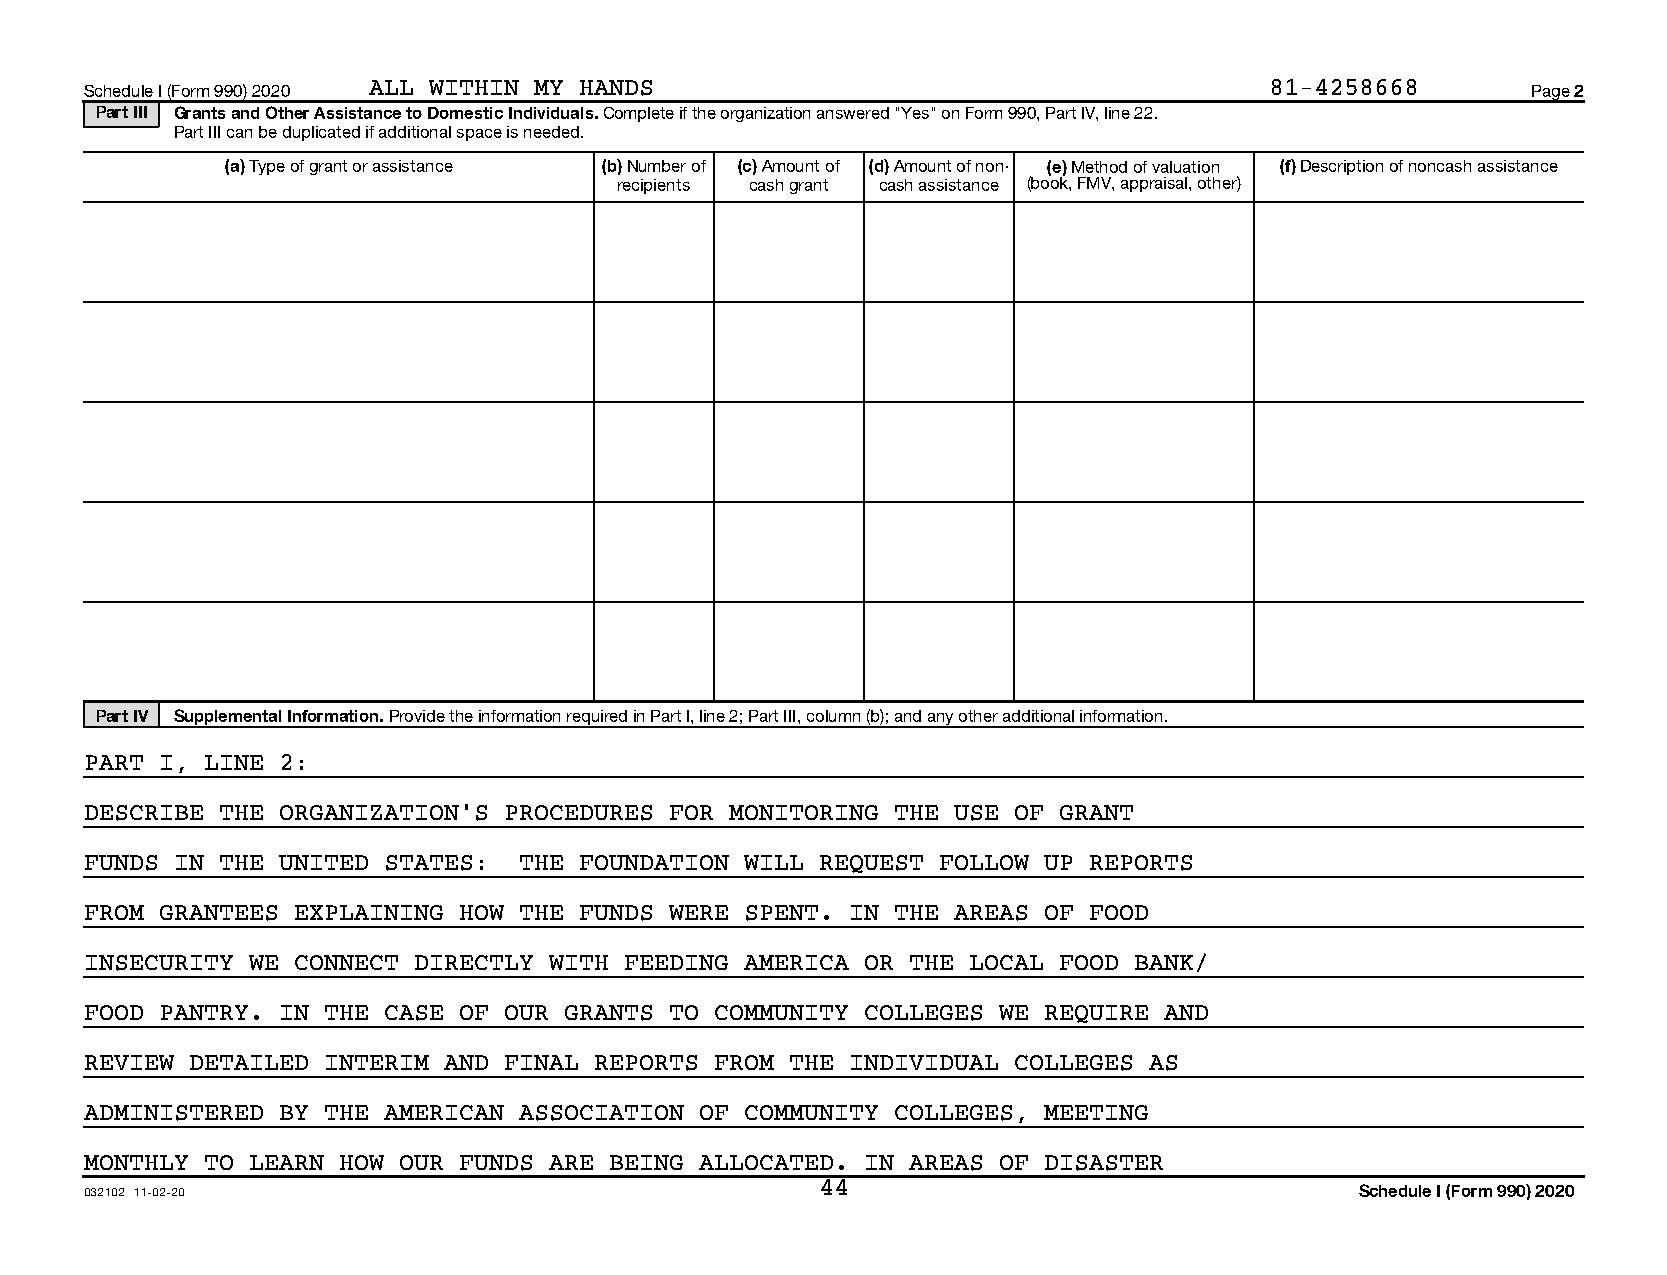
Schedule I (Form 990) 2020 ALL WITHIN MY HANDS                                81-4258668       Page 2
 Part III Grants and Other Assistance to Domestic Individuals. Complete if the organization answered "Yes" on Form 990, Part IV, line 22.
 Part III can be duplicated if additional space is needed.
 (a) Type of grant or assistance (b) Number of (c) Amount of (d) Amount of non- (e) Method of valuation (f) Description of noncash assistance
 recipients cash grant cash assistance (book, FMV, appraisal, other)
 Part IV Supplemental Information. Provide the information required in Part I, line 2; Part III, column (b); and any other additional information.
 PART I, LINE 2:
 DESCRIBE THE ORGANIZATION’S PROCEDURES FOR MONITORING THE USE OF GRANT
 FUNDS IN THE UNITED STATES: THE FOUNDATION WILL REQUEST FOLLOW UP REPORTS
 FROM GRANTEES EXPLAINING HOW THE FUNDS WERE SPENT. IN THE AREAS OF FOOD
 INSECURITY WE CONNECT DIRECTLY WITH FEEDING AMERICA OR THE LOCAL FOOD BANK/
 FOOD PANTRY. IN THE CASE OF OUR GRANTS TO COMMUNITY COLLEGES WE REQUIRE AND
 REVIEW DETAILED INTERIM AND FINAL REPORTS FROM THE INDIVIDUAL COLLEGES AS
 ADMINISTERED BY THE AMERICAN ASSOCIATION OF COMMUNITY COLLEGES, MEETING
 MONTHLY TO LEARN HOW OUR FUNDS ARE BEING ALLOCATED. IN AREAS OF DISASTER
 032102 11-02-20                                 44                                  Schedule I (Form 990) 2020
 13141110 794084 48555        2020.05000 ALL WITHIN MY HANDS         48555__1